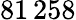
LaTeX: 81\, 258